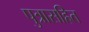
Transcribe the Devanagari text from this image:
पुत्रासहित